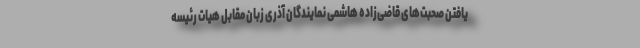
یافتن صحبت‌های قاضی‌زاده هاشمی نمایندگان آذری زبان مقابل هیات رئیسه